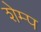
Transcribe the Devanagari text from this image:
शेम्प